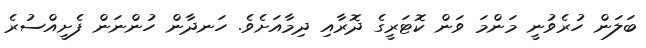
ބަލަން ހުރެވުނީ މަންމަ ވަން ކޮޓަރީގެ ދޮރާއި ދިމާއަށެވެ. ހަނދާން ހުންނަން ފެށީއްސުރެ